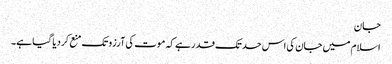
جان
اسلام میں جان کی اس حد تک قدر ہے کہ موت کی آرزو تک منع کردیا گیا ہے۔